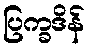
ပြက္ခဒိန်